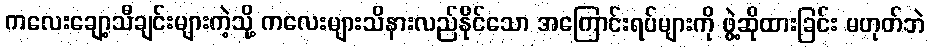
ကလေးချော့သီချင်းများကဲ့သို့ ကလေးများသိနားလည်နိုင်သော အကြောင်းရပ်များကို ဖွဲ့ဆိုထားခြင်း မဟုတ်ဘဲ